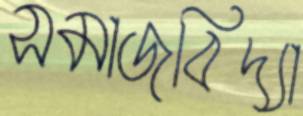
সমাজবিদ্যা